Malaria in the Punjab - Number 46
Disease focus: Malaria
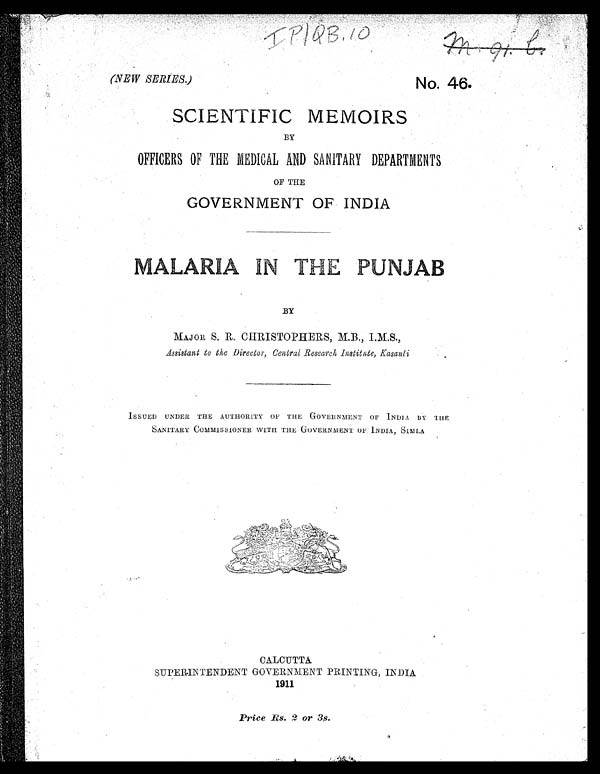
(NEW SERIES.)
No. 46.
SCIENTIFIC MEMOIRS
BY
OFFICERS OF THE MEDICAL AND SANITARY DEPARTMENTS
OF THE
GOVERNMENT OF INDIA
MALARIA IN TH
E PUNJAB
BY
MAJOR S. R. CHRISTOPHERS, M.B., I.M.S.,
Assistant to the Director, Central Research, Institute, Kasauli
ISSUED UNDER THE AUTHORITY OF THE GOVERNMENT OF INDIA BY THE
SANITARY COMMISSIONER WITH THE GOVERNMENT OF INDIA, SIMLA
CALCUTTA
SUPERINTENDENT GOVERNMENT PRINTING, INDIA
1911
Price Rs. 2 or 3s.